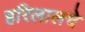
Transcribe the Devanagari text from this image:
हरिलालचे